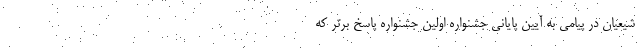
شیعیان در پیامی به آیین پایانی جشنواره اولین جشنواره پاسخ برتر که